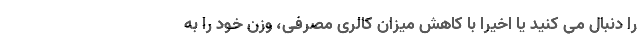
را دنبال می کنید یا اخیرا با کاهش میزان کالری مصرفی، وزن خود را به